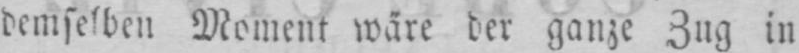
demselben Moment wäre der ganze Zug in